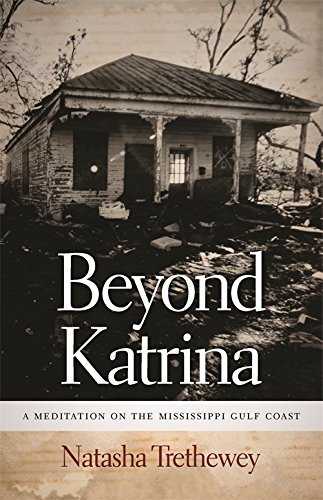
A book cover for Beyond Katrina: A Meditation on the Mississippi Gulf Coast (Sarh Mills Hodge Fund Publications); Natasha Trethewey; Science & Math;